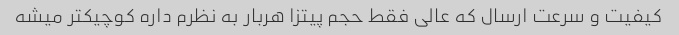
کیفیت و سرعت ارسال که عالی فقط حجم پیتزا هربار به نظرم داره کوچیکتر میشه